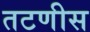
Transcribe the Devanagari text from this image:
तटणीस